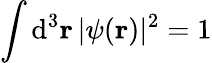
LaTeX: \int\mathrm{d}^{3}\mathbf{r}\, |\psi(\mathbf{r})|^{2}=1